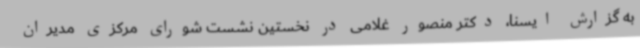
به گزارش ایسنا، دکتر منصور غلامی در نخستین نشست شورای مرکزی مدیران